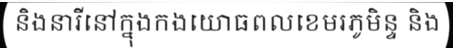
និងនារីនៅក្នុងកងយោធពលខេមរភូមិន្ទ និង